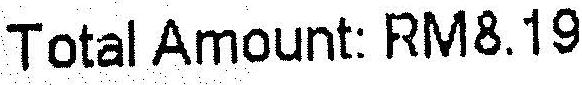
TOTAL AMOUNT: RM8.19